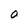
Character: a